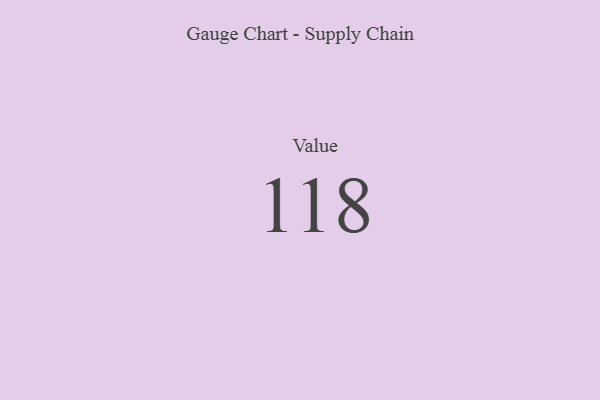
{"axis": {"x": "Metric", "y": "Value"}, "legend": [""], "data": [{"x": "Value", "y": 118, "type": ""}]}